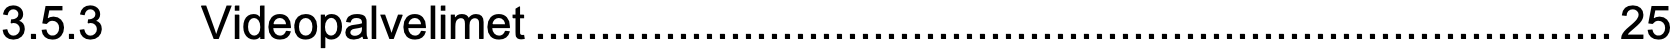
3.5.3  Videopalvelimet...................................................................................25